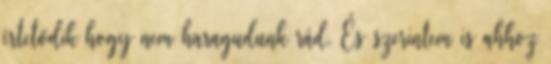
értetődik hogy nem haragudunk rád. És szerintem is ahhoz